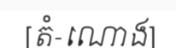
[តំ-ណោង]